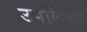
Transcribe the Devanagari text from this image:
उपलिब्ध